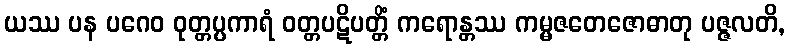
ယဿ ပန ပဂေဝ ဝုတ္တပ္ပကာရံ ဝတ္တပဋိပတ္တိံ ကရောန္တဿ ကမ္မဇတေဇောဓာတု ပဇ္ဇလတိ,